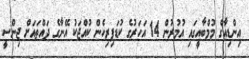
އިންޑިއާގެ މުމްބާއީގައި އުމުރުން 14 އަހަރުގެ ކުޑަފިރިހެން ކުއްޖަކު އޭނާގެ ދައްތައަށް ޖިންސީ